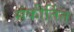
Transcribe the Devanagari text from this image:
संकीर्तित